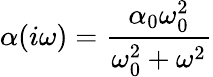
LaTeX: \alpha(i\omega)=\frac{\alpha_{0}\omega_{0}^{2}}{\omega_{0}^{2}+\omega^{2}}